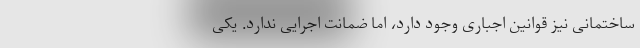
ساختمانی نیز قوانین اجباری وجود دارد، اما ضمانت اجرایی ندارد. یکی